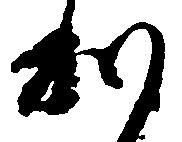
利